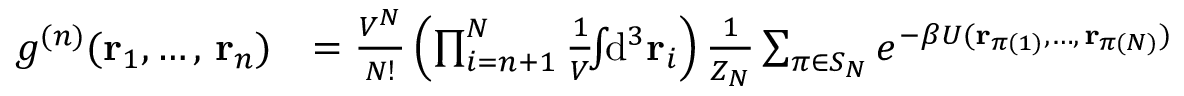
{ \begin{array} { r l } { g ^ { ( n ) } ( \mathbf { r } _ { 1 } , \ldots , \, \mathbf { r } _ { n } ) } & { = { \frac { V ^ { N } } { N ! } } \left( \prod _ { i = n + 1 } ^ { N } { \frac { 1 } { V } } \! \! \int \! \! \mathrm { d } ^ { 3 } \mathbf { r } _ { i } \right) { \frac { 1 } { Z _ { N } } } \sum _ { \pi \in S _ { N } } e ^ { - \beta U ( \mathbf { r } _ { \pi ( 1 ) } , \ldots , \, \mathbf { r } _ { \pi ( N ) } ) } } \end{array} }